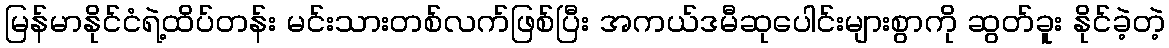
မြန်မာနိုင်ငံရဲ့ထိပ်တန်း မင်းသားတစ်လက်ဖြစ်ပြီး အကယ်ဒမီဆုပေါင်းများစွာကို ဆွတ်ခူး နိုင်ခဲ့တဲ့